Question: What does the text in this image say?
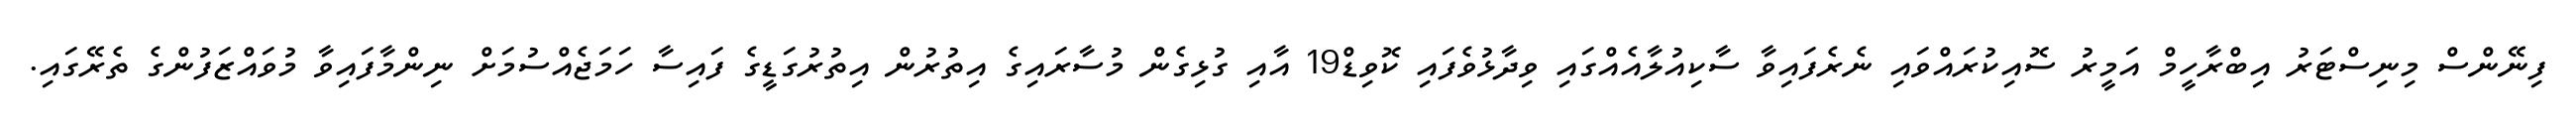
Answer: ފިނޭންސް މިނިސްޓަރު އިބްރާހީމް އަމީރު ސޮއިކުރައްވައި ނެރެފައިވާ ސާކިއުލާއެއްގައި ވިދާޅުވެފައި ކޮވިޑް19 އާއި ގުޅިގެން މުސާރައިގެ އިތުރުން އިތުރުގަޑީގެ ފައިސާ ހަމަޖެއްސުމަށް ނިންމާފައިވާ މުވައްޒަފުންގެ ތެރޭގައި.